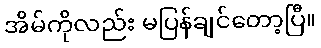
အိမ်ကိုလည်း မပြန်ချင်တော့ပြီ။